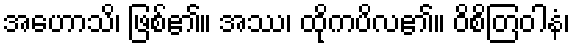
အဟောသိ၊ ဖြစ်၏။ အဿ၊ ထိုကပိလ၏။ ဝိစိတြဝါနံ၊